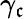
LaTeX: \gamma_{\mathfrak{c}}